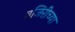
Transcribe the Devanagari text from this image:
वजिरीच्या